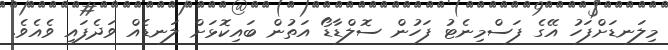
މިލަނޑަށްފަހު އޭގެ ފަސްމިނެޓު ފަހުން ސޮލްޑާޑޯ އަތުން ބައިކޮޅަށް ލަނޑެއް ވަދެފައި ވެއެވެ.